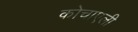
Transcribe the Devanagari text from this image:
कोचाएली